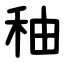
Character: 秞